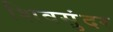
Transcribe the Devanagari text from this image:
शिवसुंदर